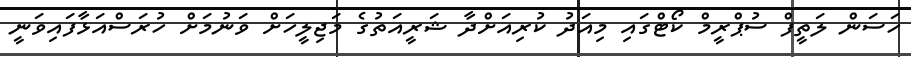
ހަސަން ލަތީފް ސުޕްރީމް ކޯޓްގައި މިއަދު ކުރިއަށްދާ ޝަރީއަތުގެ މަޖިލީހަށް ވަނުމަށް ހުރަސްއަޅާފައިވަނީ